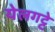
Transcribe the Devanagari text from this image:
येलगट्टे